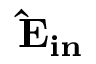
\bf { \hat { E } } _ { i n }